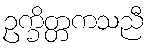
ဥက္ခိတ္တကသညီ